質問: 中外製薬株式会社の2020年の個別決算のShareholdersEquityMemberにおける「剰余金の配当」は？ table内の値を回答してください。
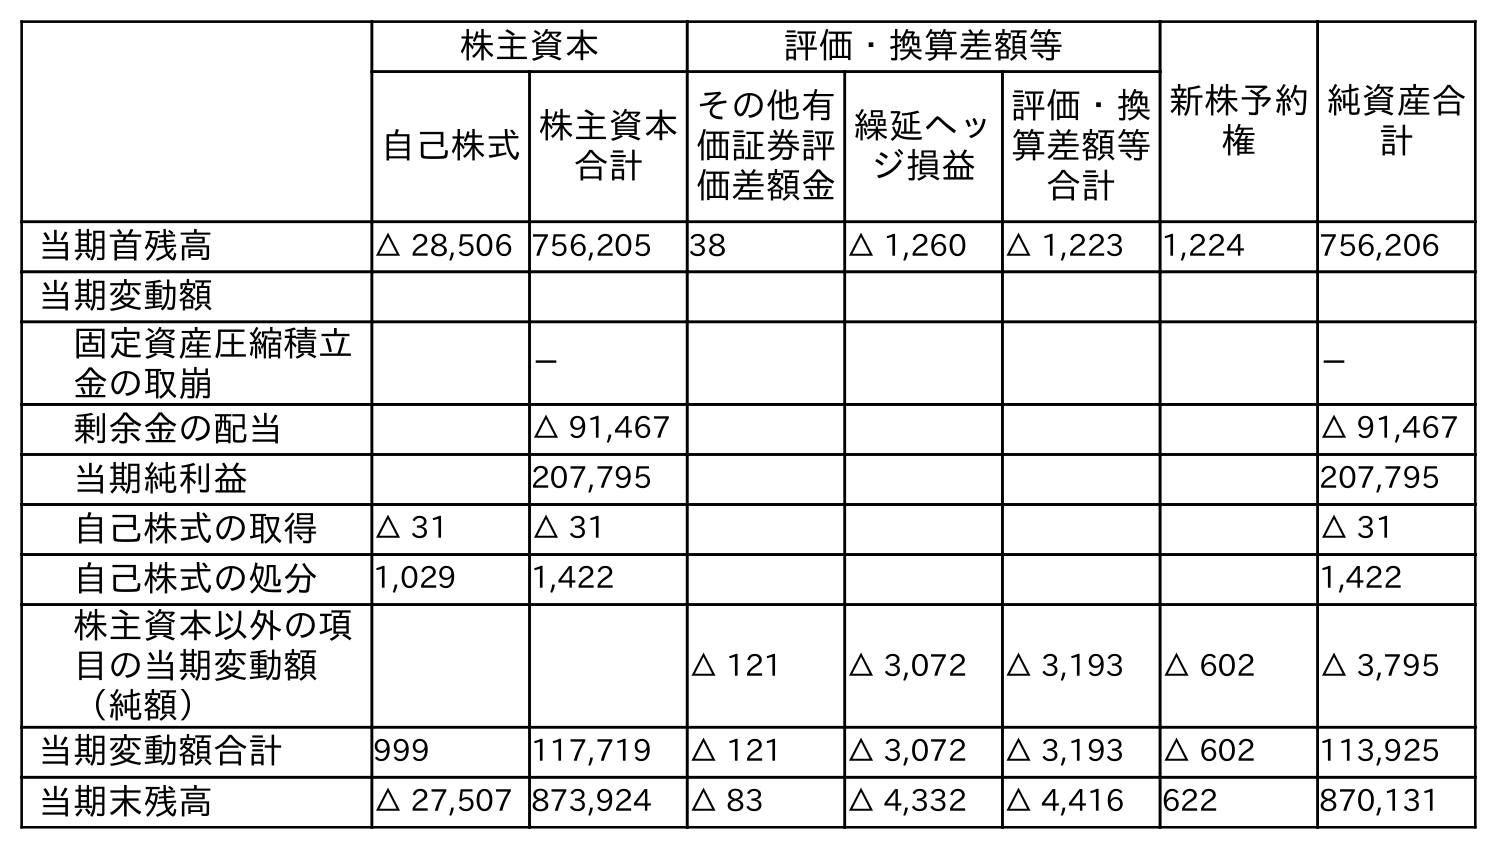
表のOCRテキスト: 株主資本 評価・換算差額等 新株予約 権 純資産合 計 自己株式株主資本 合計 その他有 価証券評 価差額金 繰延ヘッ ジ損益 評価・換 算差額等 合計 当期首残高 △ 28,506 756,205 38 △ 1,260 △ 1,223 1,224 756,206 当期変動額 固定資産圧縮積立 金の取崩 － － 剰余金の配当 △ 91,467 △ 91,467 当期純利益 207,795 207,795 自己株式の取得 △ 31 △ 31 △ 31 自己株式の処分 1,029 1,422 1,422 株主資本以外の項 目の当期変動額 （純額） △ 121 △ 3,072 △ 3,193 △ 602 △ 3,795 当期変動額合計 999 117,719 △ 121 △ 3,072 △ 3,193 △ 602 113,925 当期末残高 △ 27,507 873,924 △ 83 △ 4,332 △ 4,416 622 870,131
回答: △91,467